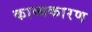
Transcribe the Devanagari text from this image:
काव्यकारण